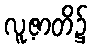
လူ့ဇာတိ၌